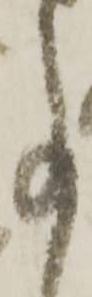
事